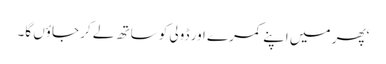
‘پھر میں اپنے کمرے اور ڈولی کو ساتھ لے کر جاؤں گا۔